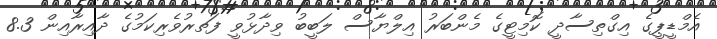
އެމްޑީޕީގެ އިގްތިސާދީ ކޮމިޓީގެ މެންބަރު އިލްޔާސް ލަބީބު ވިދާޅުވީ ފަތރުވެރިކަމުގެ ދާއިރާއިން 8.3